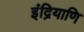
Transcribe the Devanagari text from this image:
इंद्रियाणि